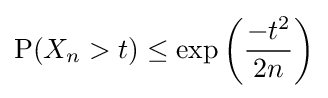
\operatorname {P} (X_{n}>t)\leq \exp \left({\frac {-t^{2}}{2n}}\right)